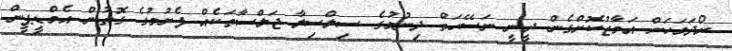
ރޯދަމަހަށް އަމާޒުކޮށްގެން ދީނީ ނަސޭހަތް ދިނުމުގެ ސިލްސިލާ ޖަލްސާތަކެއް ފެށުމުގެ ގޮތުން އެމްޑީޕީން